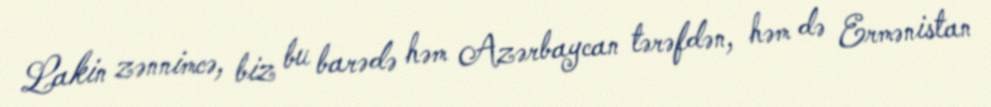
Lakin zənnimcə, biz bu barədə həm Azərbaycan tərəfdən, həm də Ermənistan